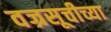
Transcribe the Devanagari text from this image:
वज्रसूचीच्या